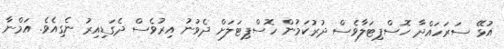
އުޅޭ ސަރަހައްދާ ހޮސްޕިޓަލާވެސް ދުރުކަމުން ހޮސްޕިޓަލަށް ދެވުނު އިރުވެސް ދެގަޑިއިރު ނެގިއެވެ. އަމްނާ